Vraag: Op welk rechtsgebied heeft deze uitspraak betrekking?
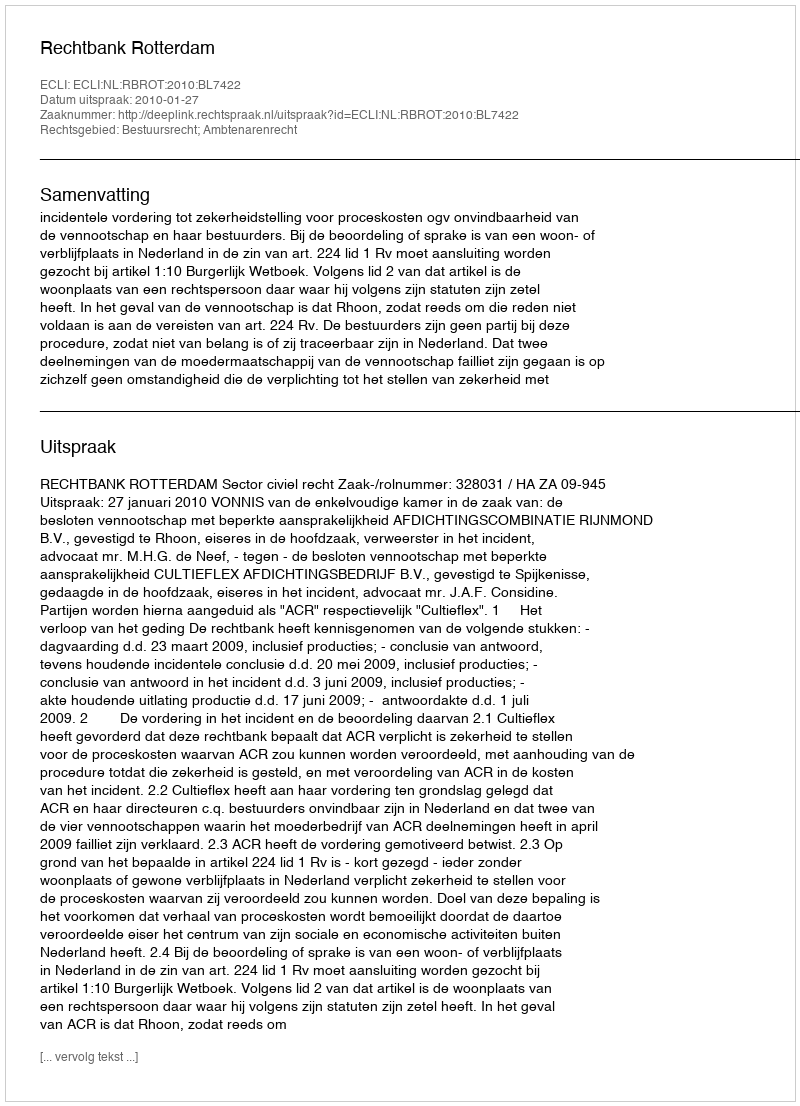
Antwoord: Bestuursrecht; Ambtenarenrecht